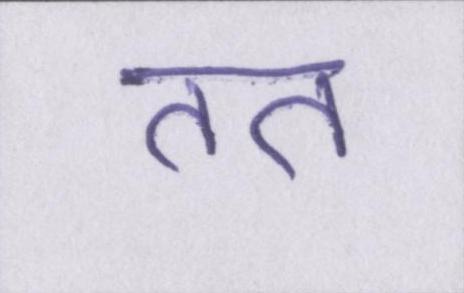
तत